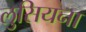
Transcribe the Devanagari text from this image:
लुसियना